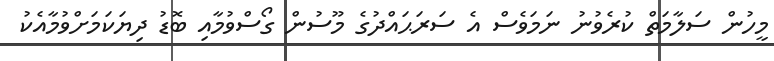
މީހުން ސަލާމަތް ކުރެވުނު ނަމަވެސް އެ ސަރަޙައްދުގެ މޫސުން ގޯސްވުމާއި ބޮޑު ދިޔަކަމަށްވުމާއެކު